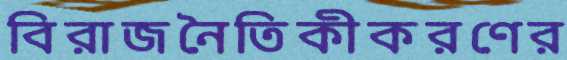
বিরাজনৈতিকীকরণের